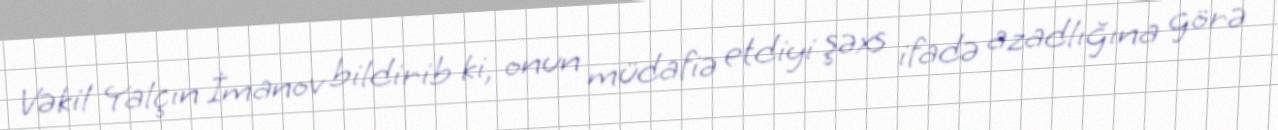
Vəkil Yalçın İmanov bildirib ki, onun müdafiə etdiyi şəxs ifadə azadlığına görə